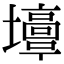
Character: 𡓣